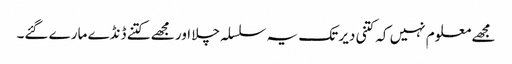
مجھے معلوم نہیں کہ کتنی دیر تک یہ سلسلہ چلا اور مجھے کتنے ڈنڈے مارے گئے۔